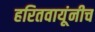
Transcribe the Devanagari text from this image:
हरितवायूंनीच